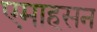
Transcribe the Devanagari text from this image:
एमाहसन